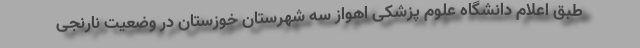
طبق اعلام دانشگاه علوم پزشکی اهواز سه شهرستان خوزستان در وضعیت نارنجی